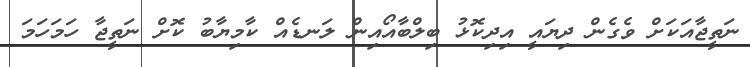
ނަތީޖާއަކަށް ވެގެން ދިޔައީ އިދިކޮޅު ބިލްބާއޯއިން ލަނޑެއް ކާމިޔާބު ކޮށް ނަތީޖާ ހަމަހަމަ